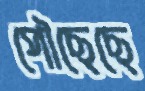
পৌছেছে